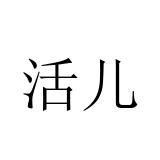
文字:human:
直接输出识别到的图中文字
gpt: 活儿